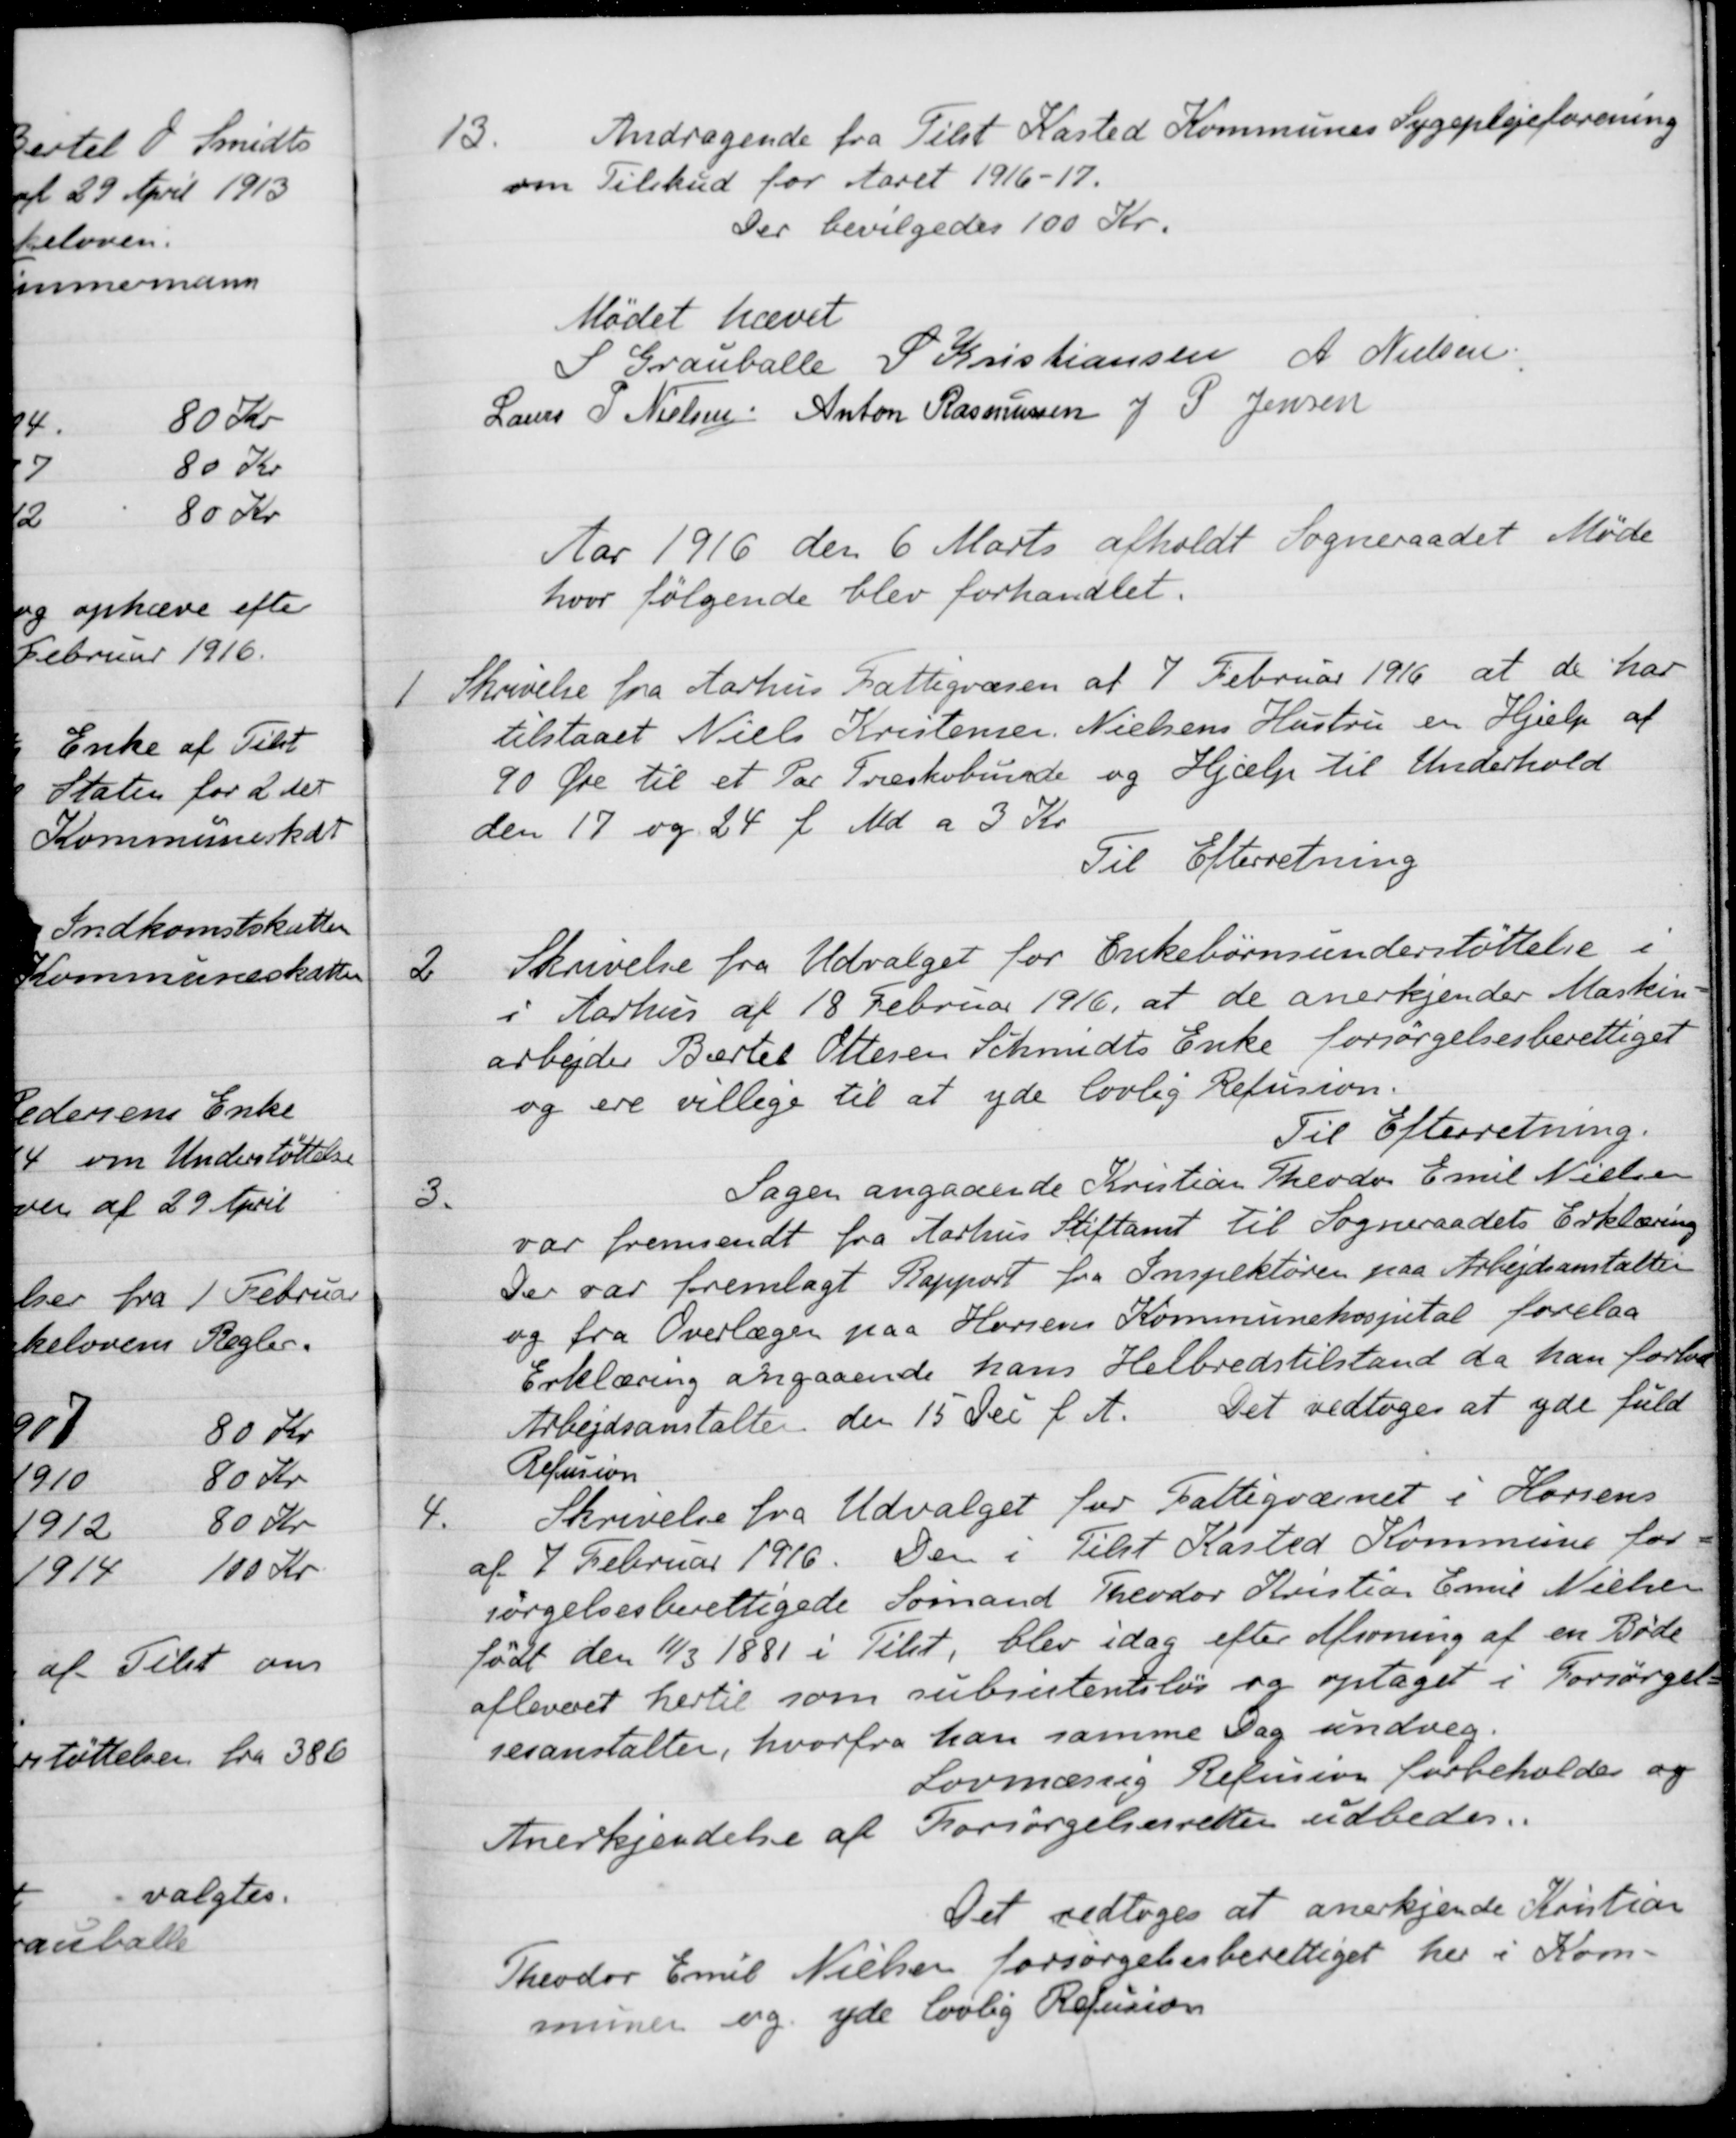
Transskription:
13.
Andragende fra Tilst Kasted Kommunes Sygeplejeforening
om Tilskud for Aaret 1916-17.
Der bevilgedes 100 Kr.
Mødet hævet
S Grauballe
S Kristiansen
A. Nielsen
Laurs P Nielsen
Anton Rasmussen
J P Jensen
Aar 1916 den 6 Marts afholdt Sogneraadet Møde
hvor følgende blev forhandlet.
1
Skrivelse fra Aarhus Fattigvæsen af 7 Februar 1916 at de har
tilstaaet Niels Kristensen Nielsens Hustru en Hjælp af
90 Øre til et Par Træskobunde og Hjælp til Underhold
den 17 og 24 f. Md. a 3 Kr.
Til Efterretning
2
Skrivelse fra Udvalget for Enkebørnsunderstøttelse i
i Aarhus af 18 Februar 1916, at de anerkjender Maskin-
arbejder Bertel Ottesen Schmidts Enke forsørgelsesberettiget
og ere villige til at yde lovlig Refusion.
Til Efterretning.
3
Sagen angaaende Kristian Theodor Emil Nielsen
var fremsendt fra Aarhus Stiftamt til Sogneraadets Erklæring
Der var fremlagt Rapport fra Inspektøren paa Arbejdsanstalten
og fra Overlæger paa Horsens Kommunehospital forelaa
Erklæring angaaende hans Helbredstilstand da han forlod
Arbejdsanstalten den 15 Dec f. A. Det vedtoges at yde fuld
Refusion
4
Skrivelse fra Udvalget for Fattigvæsnet i Horsens
af 7 Februar 1916. Den i Tilst Kasted Kommune for
sørgelsesberettigede Sømand Theodor Kristian Emil Nielsen
født den 11/3 1881 i Telet, blev idag efter Afsoning af en Bøde
afleveret hertil som subsistentsløs og optaget i Forsørgelse
sesanstalter, hvorfra han samme Dag undveg.
Lovmæssig Refusion forbeholdes og
Anerkjendelse af Forsørgelsesretten udbedes.
Det vedtoges at anerkjende Kristian
Theodor Emil Nielsen forsørgelsesberettiget her i Kom-
munen og yde lovlig Refusion